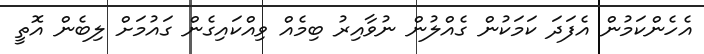
އެހެންކަމުން އެފަދަ ކަމަކުން ގެއްލުން ނުވާއިރު ބިމެއް ވިއްކައިގެން ގައުމަށް ލިބެން އޮތީ